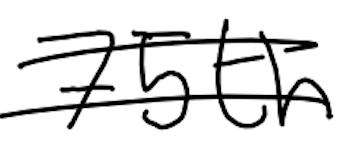
Text: 75th
Cross-out: double-line
Writing tool: digital_black